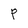
Character: P